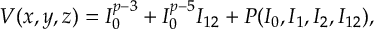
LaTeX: V ( x , y , z ) = I _ { 0 } ^ { p - 3 } + I _ { 0 } ^ { p - 5 } I _ { 1 2 } + { \cal P } ( I _ { 0 } , I _ { 1 } , I _ { 2 } , I _ { 1 2 } ) ,